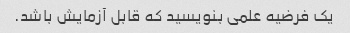
یک فرضیه علمی بنویسید که قابل آزمایش باشد.